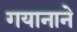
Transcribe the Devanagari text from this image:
गयानाने